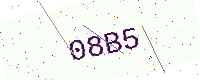
Text: 08B5